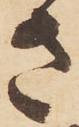
さ